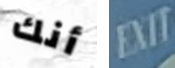
أنك EXIT